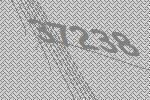
37238